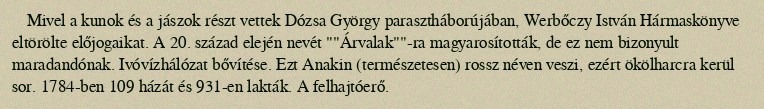
Mivel a kunok és a jászok részt vettek Dózsa György parasztháborújában, Werbőczy István Hármaskönyve eltörölte előjogaikat. A 20. század elején nevét ""Árvalak""-ra magyarosították, de ez nem bizonyult maradandónak. Ivóvízhálózat bővítése. Ezt Anakin (természetesen) rossz néven veszi, ezért ökölharcra kerül sor. 1784-ben 109 házát és 931-en lakták. A felhajtóerő.